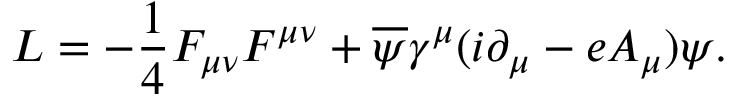
{ \cal L } = - { \frac { 1 } { 4 } } F _ { \mu \nu } F ^ { \mu \nu } + { \overline { { { \psi } } } } \gamma ^ { \mu } ( i \partial _ { \mu } - e A _ { \mu } ) \psi .